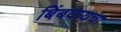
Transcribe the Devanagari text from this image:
बिंबवायचा